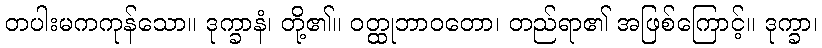
တပါးမကကုန်သော။ ဒုက္ခာနံ၊ တို့၏။ ဝတ္ထုဘာဝတော၊ တည်ရာ၏ အဖြစ်ကြောင့်။ ဒုက္ခာ၊